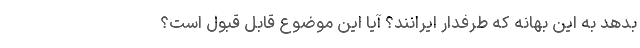
بدهد به این بهانه که طرفدار ایرانند؟ آیا این موضوع قابل قبول است؟